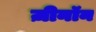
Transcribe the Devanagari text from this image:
ज़ीनॉन